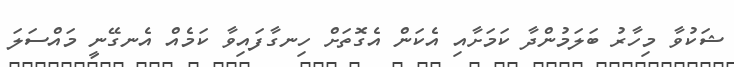
ޝަކުވާ މިހާރު ބަލަމުންދާ ކަމަށާއި އެކަން އެގޮތަށް ހިނގާފައިވާ ކަމެއް އެނގޭނީ މައްސަލަ